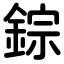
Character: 錝